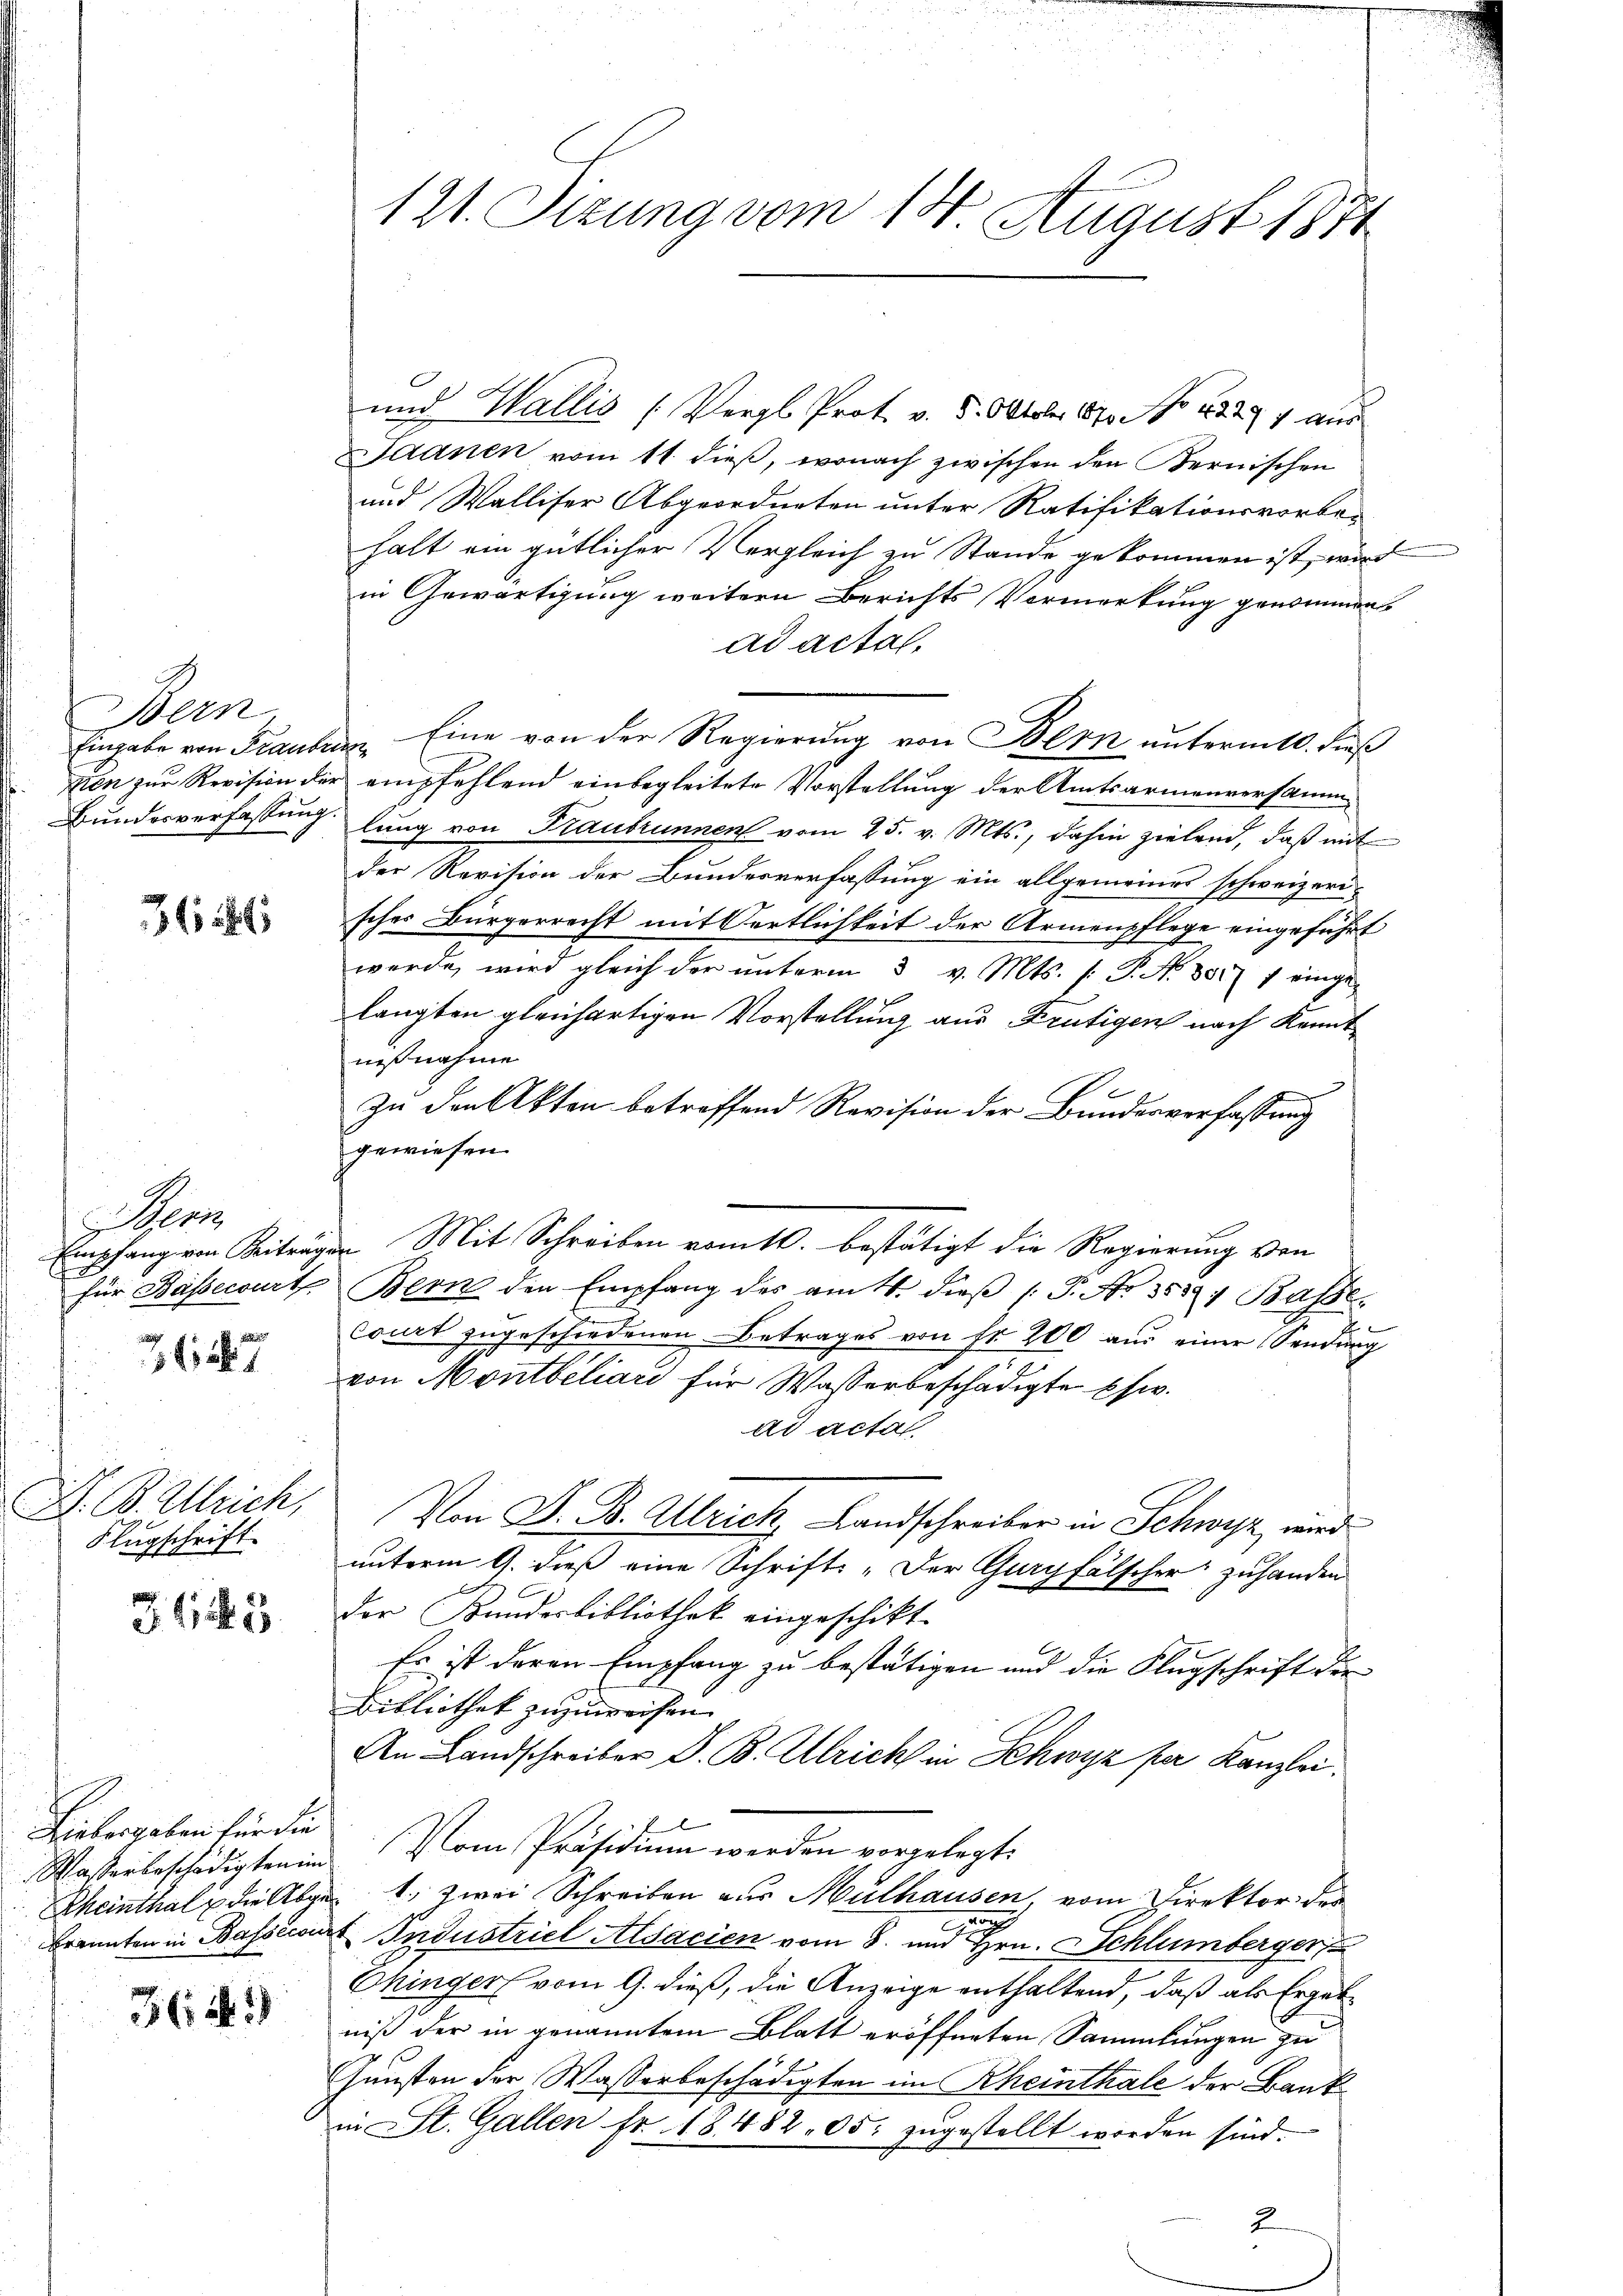
Bern,
Eingabe von Fraubun

3624

ens

127

D. B. Ulrich,
Flugschrift.

3415

Liebergeben für die

3: 1.)

und Wallis (Vergl. Prot. v. 5. Oktober 1874. No 23. 274 aus
Saanen vom 11. dieß, wonach zwischen den Bernischen
und Walliser Abgeordneten unter Ratifikationsvorbei
halt ein gütlicher Vergleich zu Stande gekommen ist, wird
in Gewärtigung weitern Berichts Vormerkung genommen
ad actal.
Eine von der Regierung von Bern unterm 10. Fuß
Kien zur Revision der empfehlend einbegleitete Vorstellung der Amtsarmenversamm-
Bundesverfassung. lung von Traubrunnen vom 25. v. Mts., dahin zielend, daß mit
der Revision der Bundesverfassung ein allgemeines schweizeri-
sches Bürgerrecht mit Oertlichkeit der Armenpflege eingeführt
werde, wird gleich der unterm 3 v. Mts. f. P. Nr. 801 1 einge-
langten gleichartigen Vorstellung aus Frutigen nach Kenntnißnahme
zu den Akten betreffend Revision der Bundesverfassung
gewiesen.
Empfang von Beiträgen Mit Schreiben vom 10. bestätigt die Regierung von
für Bassecourt, Bern den Empfang des am 11. dieβ (T. No 353; Basse.
court zugeschiedenen Betrages von fr 200 aus einer Sendung
von Montbiliari für Wasserbeschädigte schw.
ad acta
Von F. B. Alleich, Landschreiber in Schwyz, wird
unterm 9. dieß eine Schrifts „Der Guryfälscher zuhanden
Der Bundesbibliothek eingeschikt.
Es ist deren Empfang zu bestätigen und die Klugschrift der
Bibliothek zuzuweisen.
An Landschreiber D. B. Ulrich in Schwyz per Kanzlei.

Wasserbeschädigten in Vom Präsidium werden vorgelegt:
Rheinthal die Abges. 1., zwei Schreiben aus Mülhausen, vom Direktor des
n
brannten in Bassecourt Industriel Alsacien vom 8. und Hrn. Schlümberger
Ehinger vom 9. dieß, die Anzeige enthaltend, daß als Ergebniß der in genanntem Blatt eröffneten Sammlungen zu
s
Günsten der Wasserbeschädigten im Rheinthale der Bank
in St. Gallen fr. 18482. 05. zugestellt worden sind.
2.

121. Sizung vom 18. August 1871